Insane asylums in Bengal annual reports 1876-1887 - 1876-1887
Year: 1876
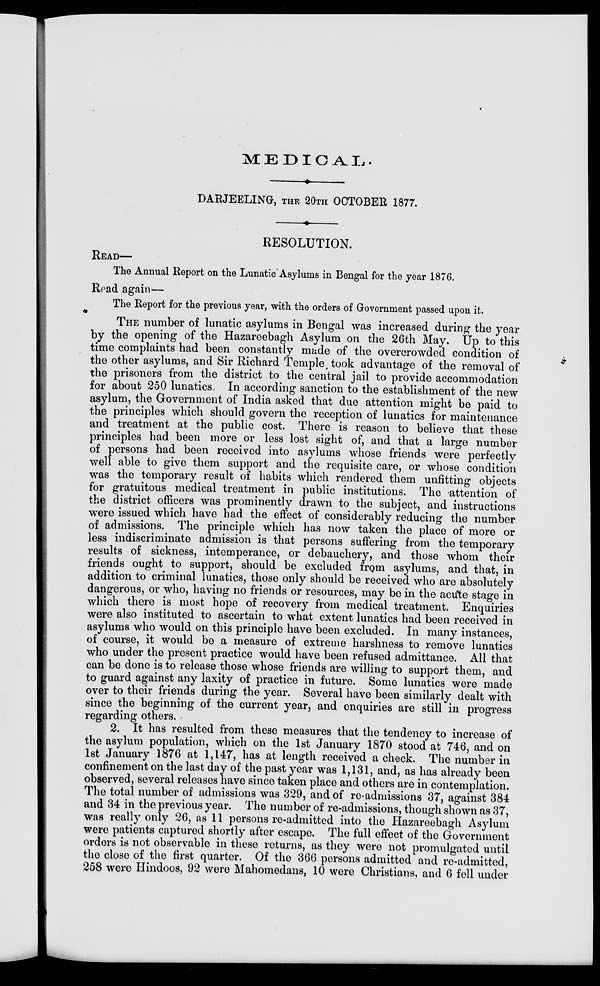
MEDICAL.
DARJEELING, THE 20TH OCTOBER 1877.
RESOLUTION.
READ—
The Annual Report on the Lunatic Asylums in Bengal for the year 1876.
Read again—
The Report for the previous year, with the orders of Government passed upon it.
THE number of lunatic asylums in Bengal was increased during the year
by the opening of the Hazareebagh Asylum on the 26th May. Up to this
time complaints had been constantly made of the overcrowded condition of
the other asylums, and Sir Richard Temple, took advantage of the removal of
the prisoners from the district to the central jail to provide accommodation
for about 250 lunatics. In according sanction to the establishment of the new
asylum, the Government of India asked that due attention might be paid to
the principles which should govern the reception of lunatics for maintenance
and treatment at the public cost. There is reason to believe that these
principles had been more or less lost sight of, and that a large number
of persons had been received into asylums whose friends were perfectly
well able to give them support and the requisite care, or whose condition
was the temporary result of habits which rendered them unfitting objects
for gratuitous medical treatment in public institutions. The attention of
the district officers was prominently drawn to the subject, and instructions
were issued which have had the effect of considerably reducing the number
of admissions. The principle which has now taken the place of more or
less indiscriminate admission is that persons suffering from the temporary
results of sickness, intemperance, or debauchery, and those whom their
friends ought to support, should be excluded from asylums, and that, in
addition to criminal lunatics, those only should be received who are absolutely
dangerous, or who, having no friends or resources, may be in the acute stage in
which there is most hope of recovery from medical treatment. Enquiries
were also instituted to ascertain to what extent lunatics had been received in
asylums who would on this principle have been excluded. In many instances,
of course, it would be a measure of extreme harshness to remove lunatics
who under the present practice would have been refused admittance. All that
can be done is to release those whose friends are willing to support them, and
to guard against any laxity of practice in future. Some lunatics were made
over to their friends during the year. Several have been similarly dealt with
since the beginning of the current year, and enquiries are still in progress
regarding others.
2. It has resulted from these measures that the tendency to increase of
the asylum population, which on the 1st January 1870 stood at 746, and on
1st January 1876 at 1,147, has at length received a check. The number in
confinement on the last day of the past year was 1,131, and, as has already been
observed, several releases have since taken place and others are in contemplation.
The total number of admissions was 329, and of re-admissions 37, against 384
and 34 in the previous year. The number of re-admissions, though shown as 37,
was really only 26, as 11 persons re-admitted into the Hazareebagh Asylum
were patients captured shortly after escape. The full effect of the Government
orders is not observable in these returns, as they were not promulgated until
the close of the first quarter. Of the 366 persons admitted and re-admitted,
258 were Hindoos, 92 were Mahomedans, 10 were Christians, and 6 fell under